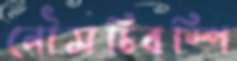
নৌসচিবস্পি